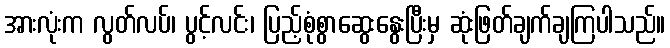
အားလုံးက လွတ်လပ်၊ ပွင့်လင်း၊ ပြည့်စုံစွာဆွေးနွေးပြီးမှ ဆုံးဖြတ်ချက်ချကြပါသည်။